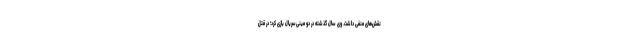
نقش‌های منفی داشت. وی سال گذشته در دو مینی‌سریال بازی کرد؛ در قتل